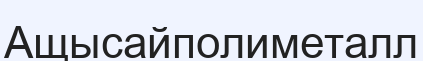
Ащысайполиметалл